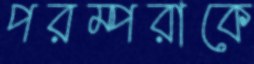
পরম্পরাকে